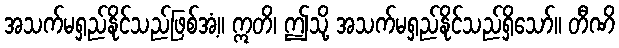
အသက်မရှည်နိုင်သည်ဖြစ်အံ့။ ဣတိ၊ ဤသို့ အသက်မရှည်နိုင်သည်ရှိသော်။ တီဏိ